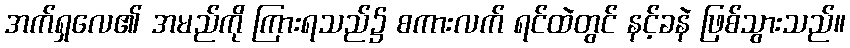
အက်ရှလေ၏ အမည်ကို ကြားရသည်၌ စကားလက် ရင်ထဲတွင် နင့်ခနဲ ဖြစ်သွားသည်။